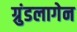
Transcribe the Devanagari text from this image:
ग्रुंडलागेन